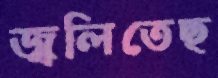
জ্বলিতেছ